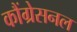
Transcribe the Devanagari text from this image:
कौंग्रेसनल